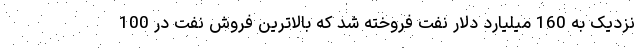
نزدیک به 160 میلیارد دلار نفت فروخته شد که بالاترین فروش نفت در 100